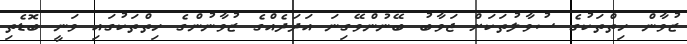
ޒުވާން ހިތްތަކުގެ ސުވާލުތަކަށް ޖަވާބު ބޭނުންވޭގިނަ އަދަދެއްގެ ޒުވާނުންގެ ހިތްތަކުގައި ވަނީ ބޮޑެތި